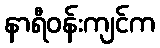
နာရီဝန်းကျင်က